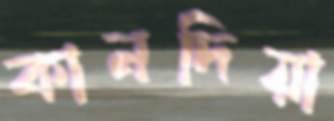
কানদিয়া